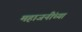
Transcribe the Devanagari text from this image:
महाजनींच्या